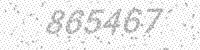
Solution: 865467